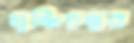
ঘুঞ্চিচতুর